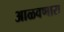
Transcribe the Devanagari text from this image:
आळवणारा